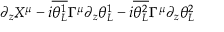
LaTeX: \partial _ { z } X ^ { \mu } - i { \overline { { \theta _ { L } ^ { 1 } } } } \Gamma ^ { \mu } \partial _ { z } \theta _ { L } ^ { 1 } - i { \overline { { \theta _ { L } ^ { 2 } } } } \Gamma ^ { \mu } \partial _ { z } \theta _ { L } ^ { 2 }